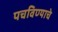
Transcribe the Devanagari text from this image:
पचविण्याचे